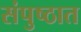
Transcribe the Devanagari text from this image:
संपुष्ठात